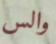
والس